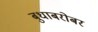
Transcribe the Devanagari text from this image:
बुधाबरोबर